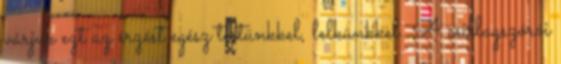
várjuk ezt az érzést egész testünkkel, lelkünkkel. A csillagszórói